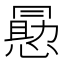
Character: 𭞕